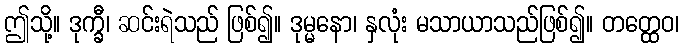
ဤသို့။ ဒုက္ခီ၊ ဆင်းရဲသည် ဖြစ်၍။ ဒုမ္မနော၊ နှလုံး မသာယာသည်ဖြစ်၍။ တတ္ထေဝ၊